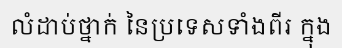
លំដាប់ថ្នាក់ នៃប្រទេសទាំងពីរ ក្នុង